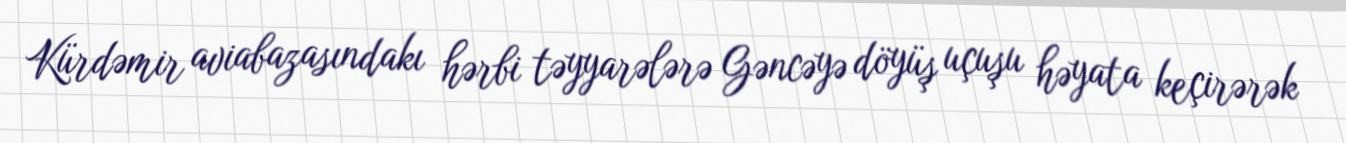
Kürdəmir aviabazasındakı hərbi təyyarələrə Gəncəyə döyüş uçuşu həyata keçirərək